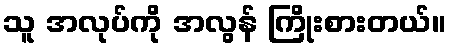
သူ အလုပ်ကို အလွန် ကြိုးစားတယ်။